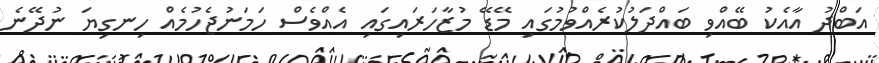
އަބްދު އާއެކު ބޭއްވި ބައްދަލުކުރެއްވުމުގައި މޭޑޭ މުޒާހަރައިގައި އެއްވެސް ހަމަނުޖެހުމެއް ހިނގިޔަ ނުދޭނެ